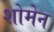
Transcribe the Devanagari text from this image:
शोमेन